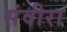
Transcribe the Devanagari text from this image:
संवीरा